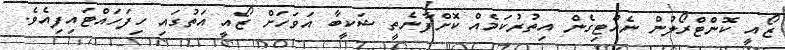
ޒޯއީ ކޮންޓްރޯލުން ނެއްޓިގެން އިތުރުކަމެއް ކޮށްފާނެތީ ޝަކީބާ އަވަހަށް ޒޯއީ އަތުގައި ހިފަހައްޓައިފިއެވެ.